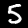
Label: 5